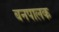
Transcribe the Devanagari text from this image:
बनपालक